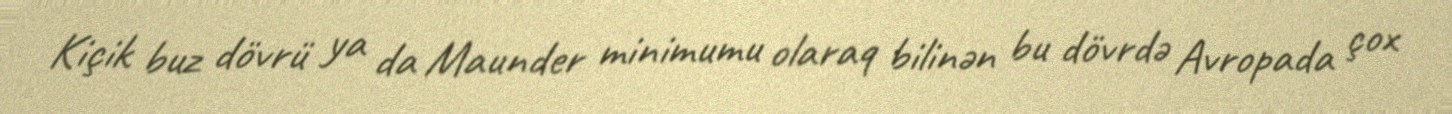
Kiçik buz dövrü ya da Maunder minimumu olaraq bilinən bu dövrdə Avropada çox